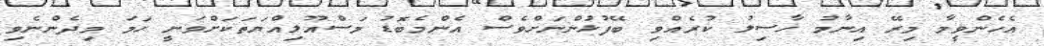
އެހެންވީމާ މިރޭ އިނާމު ހާސިލު ކުރެއްވި ބޭފުޅުންނަށްވެސް އެންމެބޮޑު މަސްއޫލިއްޔަތަކަށްވަނީ ހަމަ މިދެންނެވި